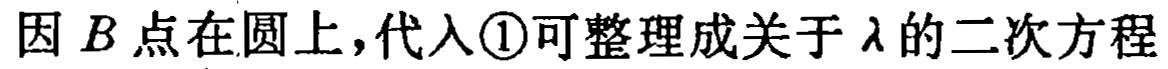
因 \(B\) 点在圆上，代入\textcircled{1}可整理成关于 \(\lambda\) 的二次方程